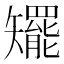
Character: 矲